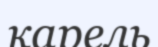
карель